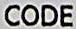
CODE